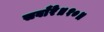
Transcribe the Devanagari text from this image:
सवाँरे॥१०॥